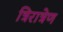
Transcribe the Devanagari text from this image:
त्रिरात्रेण